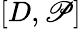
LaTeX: [D,\mathscr{P}]